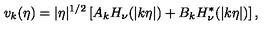
v _ { k } ( \eta ) = | \eta | ^ { 1 / 2 } \left[ A _ { k } H _ { \nu } ( | k \eta | ) + B _ { k } H _ { \nu } ^ { * } ( | k \eta | ) \right] ,